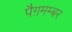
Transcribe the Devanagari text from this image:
पैग़मम्बर